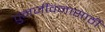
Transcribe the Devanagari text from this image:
पुनर्जीवनासाठी